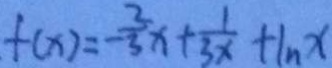
f ( x ) = - \frac { 2 } { 3 } x + \frac { 1 } { 3 x } + \ln x